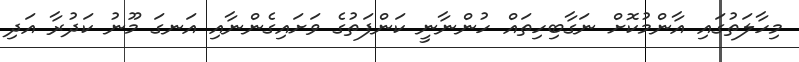
މިހާލަތުގައި އާންމުކޮށް ނަގާބިހިތައް ހުންނާނީ ކަންފަތުގެ ވަށައިގެންނާއި އަނގަ މޫނު ކަދުރާ އަދި